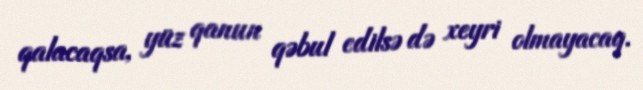
qalacaqsa, yüz qanun qəbul edilsə də xeyri olmayacaq.